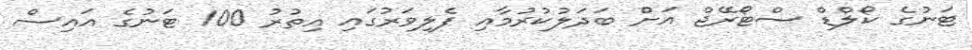
ޓަނުގެ ކޯލްޑް ސްޓޯރޭޖް އަށް ބަދަލުކުރުމާއި ފެލިވަރުގައި އިތުރު 100 ޓަނުގެ އައިސް